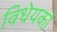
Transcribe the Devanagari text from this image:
विधेयको